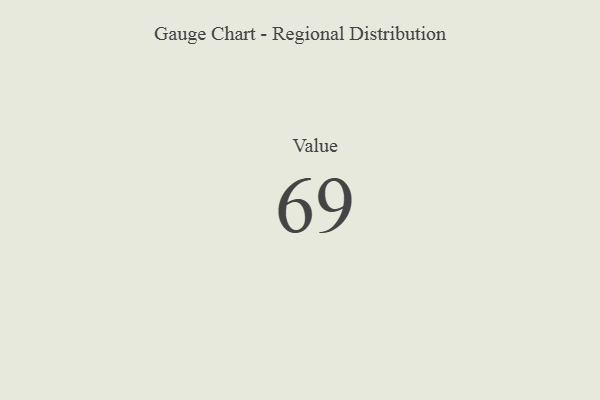
{"axis": {"x": "Metric", "y": "Value"}, "legend": [""], "data": [{"x": "Value", "y": 69, "type": ""}]}